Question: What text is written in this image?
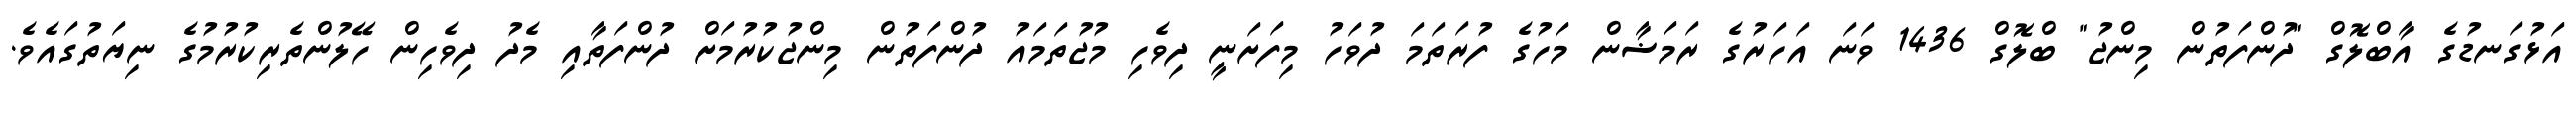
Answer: އަޅުގަނޑުގެ އާބްލޮގް "ދުންފަތުން މިންޖު" ބްލޮގް 1436 ވަނަ އަހަރުގެ ރަމަޟާން މަހުގެ ފުރަތަމަ ދުވަހު މިފަށަނީ ދިވެހި މުޖުތަމައު ދުންފަތުން މިންޖުކުރުމަށް ދުންފަތާއި މެދު ދިވެހިން ހޭލުންތެރިކުރުމުގެ ނިޔަތުގައެވެ.